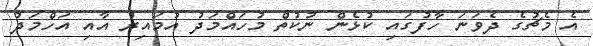
އެ މެޗުގެ ދެވަނަ ހާފުގައި ކުޅެން ނުކުތް މުހައްމަދު އުމައިރު އާއި އަހްމަދު